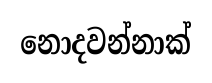
නොදවන්නාක්